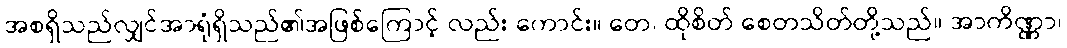
အစရှိသည်လျှင်အာရုံရှိသည်၏အဖြစ်ကြောင့် လည်း ကောင်း။ တေ၊ ထိုစိတ် စေတသိတ်တို့သည်။ အာကိဏ္ဏာ၊